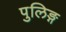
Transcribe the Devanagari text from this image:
पुलिङ्ग